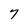
Character: 7